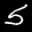
Label: 5